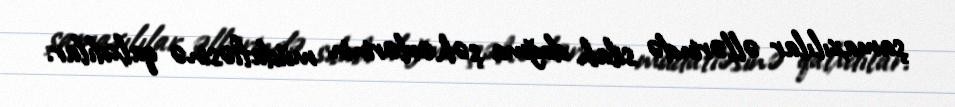
şamaxılılar əllərində silah doğma şəhərlərinin müdafiəsinə qalxdılar.